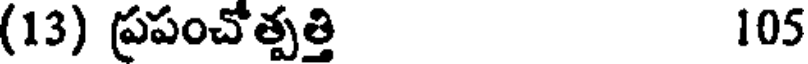
(13) ప్రపంచోత్పత్తి 105